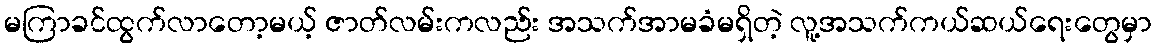
မကြာခင်ထွက်လာတော့မယ့် ဇာတ်လမ်းကလည်း အသက်အာမခံမရှိတဲ့ လူ့အသက်ကယ်ဆယ်ရေးတွေမှာ